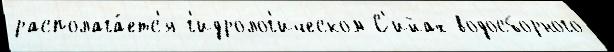
располага́етс'я г'идролог'ическом С'ийах водосборного